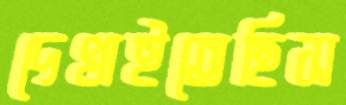
দেখাইতেছিস